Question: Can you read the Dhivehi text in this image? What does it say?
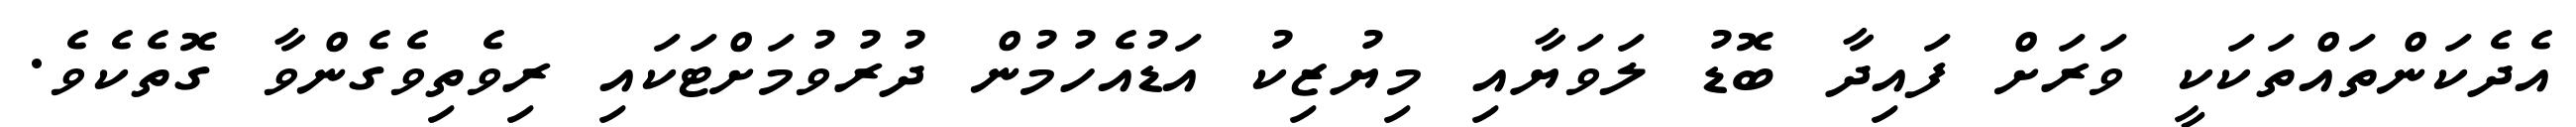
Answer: އެދެކަންތައްތަކަކީ ވަރަށް ފައިދާ ބޮޑު ލަވަޔާއި މިޔުޒިކު އަޑުއެހުމުން ދުރުވުމަށްޓަކައި ރިވެތިވެގެންވާ ގޮތެކެވެ.